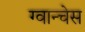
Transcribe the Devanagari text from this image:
ग्वान्चेस